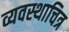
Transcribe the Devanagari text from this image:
व्यवस्थाचित्र